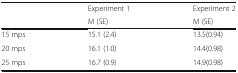
<table><thead><tr><td rowspan="2"></td><td><b>Experiment 1</b></td><td><b>Experiment 2</b></td></tr><tr><td><b>M (SE)</b></td><td><b>M (SE)</b></td></tr></thead><tbody><tr><td>15 mps</td><td>15.1 (2.4)</td><td>13.5(0.94)</td></tr><tr><td>20 mps</td><td>16.1 (1.0)</td><td>14.4(0.98)</td></tr><tr><td>25 mps</td><td>16.7 (0.9)</td><td>14.9(0.98)</td></tr></tbody></table>